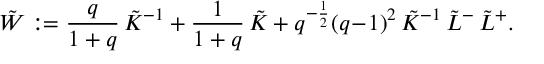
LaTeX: \tilde { W } : = \frac q { 1 + q } \, \tilde { K } ^ { - 1 } + \frac 1 { 1 + q } \, \tilde { K } + q ^ { - \frac 1 2 } ( q \! - \! 1 ) ^ { 2 } \, \tilde { K } ^ { - 1 } \, \tilde { L } ^ { - } \, \tilde { L } ^ { + } .